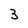
Character: 3